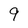
Character: 9